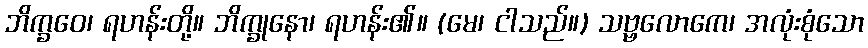
ဘိက္ခဝေ၊ ရဟန်းတို့။ ဘိက္ခုနော၊ ရဟန်း၏။ (မေ၊ ငါသည်။) သဗ္ဗလောကေ၊ အလုံးစုံသော